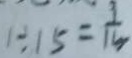
1 \div 1 5 = \frac { 1 } { 1 5 }